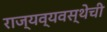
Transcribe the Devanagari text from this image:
राज्यव्यवस्थेची